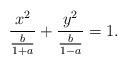
LaTeX: \begin{align*}\frac{x^2}{\frac{b}{1+a}} + \frac{y^2}{\frac{b}{1-a}} = 1.\end{align*}